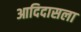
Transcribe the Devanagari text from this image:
आदिदासला